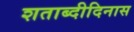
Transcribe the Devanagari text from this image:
शताब्दीदिनास